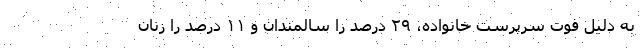
به دلیل فوت سرپرست خانواده، ۲۹ درصد را سالمندان و ۱۱ درصد را زنان